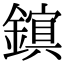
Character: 𫓃